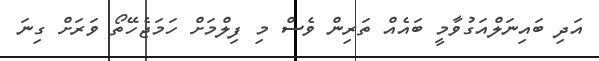
އަދި ބައިނަލްއަގުވާމީ ބައެއް ތަރިން ވެސް މި ފިލްމަށް ހަމަޖެހޭތޯ ވަރަށް ގިނަ